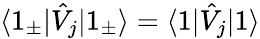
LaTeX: \langle 1_{\pm}|\hat{V}_{j}|1_{\pm}\rangle=\langle 1|\hat{V}_{j}|1\rangle